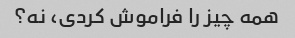
همه چیز را فراموش کردی، نه؟